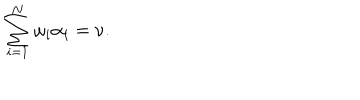
LaTeX: \sum _ { i = 1 } ^ { N } \omega _ { i } \alpha _ { i } = \nu .